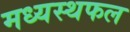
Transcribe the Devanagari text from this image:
मध्यस्थफल